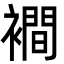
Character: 襇